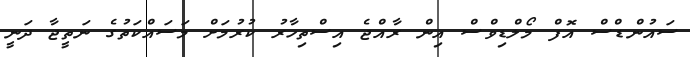
ސައުންޑްސް އޮފް މޯލްޑިވްސް އިން ރާއްޖެ އިސްތިހާރު ކުރުމަށް މަސައްކަތުގެ ނަތީޖާ ދަނީ